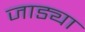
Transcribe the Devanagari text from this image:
जाड्या